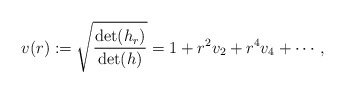
\begin{align*} v(r):=\sqrt{\frac{\det(h_r)}{\det(h)}}=1+r^2v_2+r^4v_4+\cdots, \end{align*}